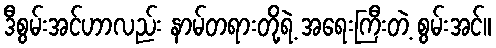
ဒီစွမ်းအင်ဟာလည်း နာမ်တရားတို့ရဲ့ အရေးကြီးတဲ့ စွမ်းအင်။